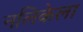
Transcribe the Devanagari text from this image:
नलिकेला